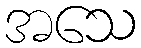
အသေ